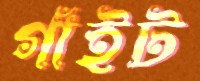
গাঁইট